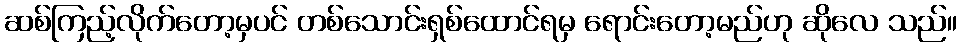
ဆစ်ကြည့်လိုက်တော့မှပင် တစ်သောင်းရှစ်ထောင်ရမှ ရောင်းတော့မည်ဟု ဆိုလေ သည်။